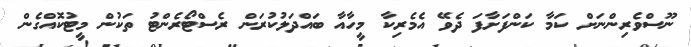
ނޫސްވެރިންނަށް ކަމާ ކަންފަށާފަ ދެވޭ އެމެރިކާ މީހާއާ ބައްދަލުކުރަން ރެސްޓޯރެންޓު ތަކުން މީޓުކޮއްގެން